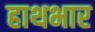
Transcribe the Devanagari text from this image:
हाथभार